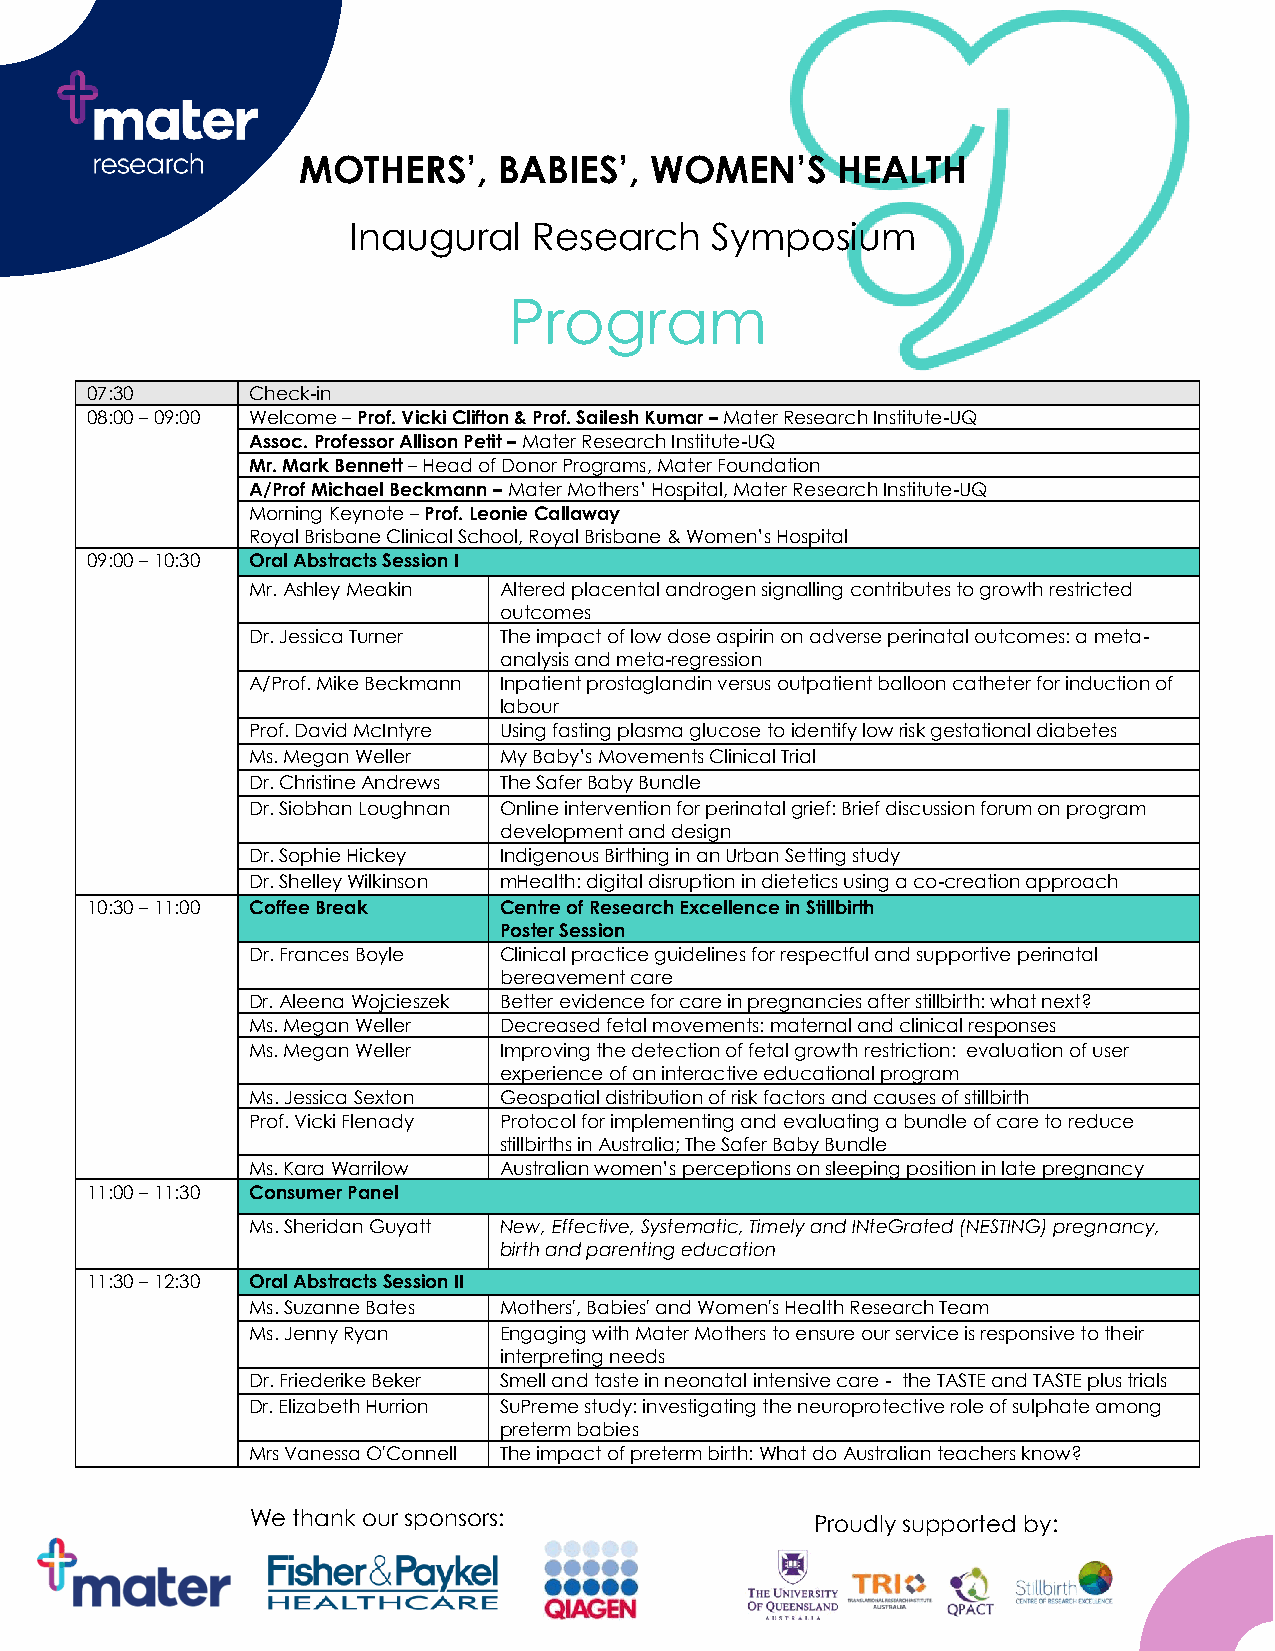
MOTHERS’,    BABIES’,  WOMEN’S     HEALTH
 Inaugural   Research    Symposium
 Program
 07:30     Check-in
 08:00 – 09:00 Welcome – Prof. Vicki Clifton & Prof. Sailesh Kumar – Mater Research Institute-UQ
 Assoc. Professor Allison Petit – Mater Research Institute-UQ
 Mr. Mark Bennett – Head of Donor Programs, Mater Foundation
 A/Prof Michael Beckmann – Mater Mothers’ Hospital, Mater Research Institute-UQ
 Morning Keynote – Prof. Leonie Callaway
 Royal Brisbane Clinical School, Royal Brisbane & Women’s Hospital
 09:00 – 10:30 Oral Abstracts Session I
 Mr. Ashley Meakin Altered placental androgen signalling contributes to growth restricted
 outcomes
 Dr. Jessica Turner The impact of low dose aspirin on adverse perinatal outcomes: a meta-
 analysis and meta-regression
 A/Prof. Mike Beckmann Inpatient prostaglandin versus outpatient balloon catheter for induction of
 labour
 Prof. David McIntyre Using fasting plasma glucose to identify low risk gestational diabetes
 Ms. Megan Weller My Baby’s Movements Clinical Trial
 Dr. Christine Andrews The Safer Baby Bundle
 Dr. Siobhan Loughnan Online intervention for perinatal grief: Brief discussion forum on program
 development and design
 Dr. Sophie Hickey Indigenous Birthing in an Urban Setting study
 Dr. Shelley Wilkinson mHealth: digital disruption in dietetics using a co-creation approach
 10:30 – 11:00 Coffee Break Centre of Research Excellence in Stillbirth
 Poster Session
 Dr. Frances Boyle Clinical practice guidelines for respectful and supportive perinatal
 bereavement care
 Dr. Aleena Wojcieszek Better evidence for care in pregnancies after stillbirth: what next?
 Ms. Megan Weller Decreased fetal movements: maternal and clinical responses
 Ms. Megan Weller Improving the detection of fetal growth restriction: evaluation of user
 experience of an interactive educational program
 Ms. Jessica Sexton Geospatial distribution of risk factors and causes of stillbirth
 Prof. Vicki Flenady Protocol for implementing and evaluating a bundle of care to reduce
 stillbirths in Australia; The Safer Baby Bundle
 Ms. Kara Warrilow Australian women’s perceptions on sleeping position in late pregnancy
 11:00 – 11:30 Consumer Panel
 Ms. Sheridan Guyatt New, Effective, Systematic, Timely and INteGrated (NESTING) pregnancy,
 birth and parenting education
 11:30 – 12:30 Oral Abstracts Session II
 Ms. Suzanne Bates Mothers', Babies' and Women's Health Research Team
 Ms. Jenny Ryan   Engaging with Mater Mothers to ensure our service is responsive to their
 interpreting needs
 Dr. Friederike Beker Smell and taste in neonatal intensive care - the TASTE and TASTE plus trials
 Dr. Elizabeth Hurrion SuPreme study: investigating the neuroprotective role of sulphate among
 preterm babies
 Mrs Vanessa O'Connell The impact of preterm birth: What do Australian teachers know?
 We thank our sponsors:               Proudly supported by: